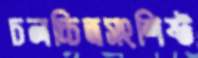
চলচ্চিত্রসংশিষ্ট